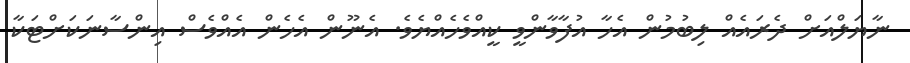
ނާޔަލްއަށް ދެރައެއް ލިބުމުން އެހާ އުފާވާންވީ ކީއްވެހެއްޔެވެ. އެނޫން އެހެން އެއްވެސް އިންސާނަކަށްޓަކާ